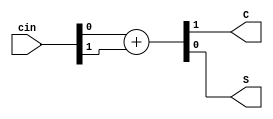
`timescale 1ns / 1ps
//////////////////////////////////////////////////////////////////////////////////
// Company: 
// Engineer: 
// 
// Design Name: 
// Module Name: half_adder
// Project Name: 
// Target Devices: 
// Tool Versions: 
// Description: 
// 
// Dependencies: 
// 
// Revision:
// Revision 0.01 - File Created
// Additional Comments:
// 
//////////////////////////////////////////////////////////////////////////////////


module half_adder(
    input   [ 1: 0]     cin,
    output              C,
    output              S
);
    assign {C,S} = cin[0] + cin[1];
endmodule